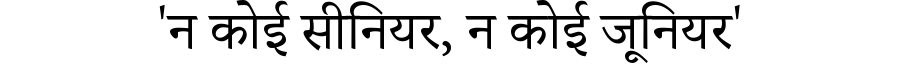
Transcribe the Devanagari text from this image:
'न कोई सीनियर, न कोई जूनियर'